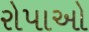
રોપાઓ